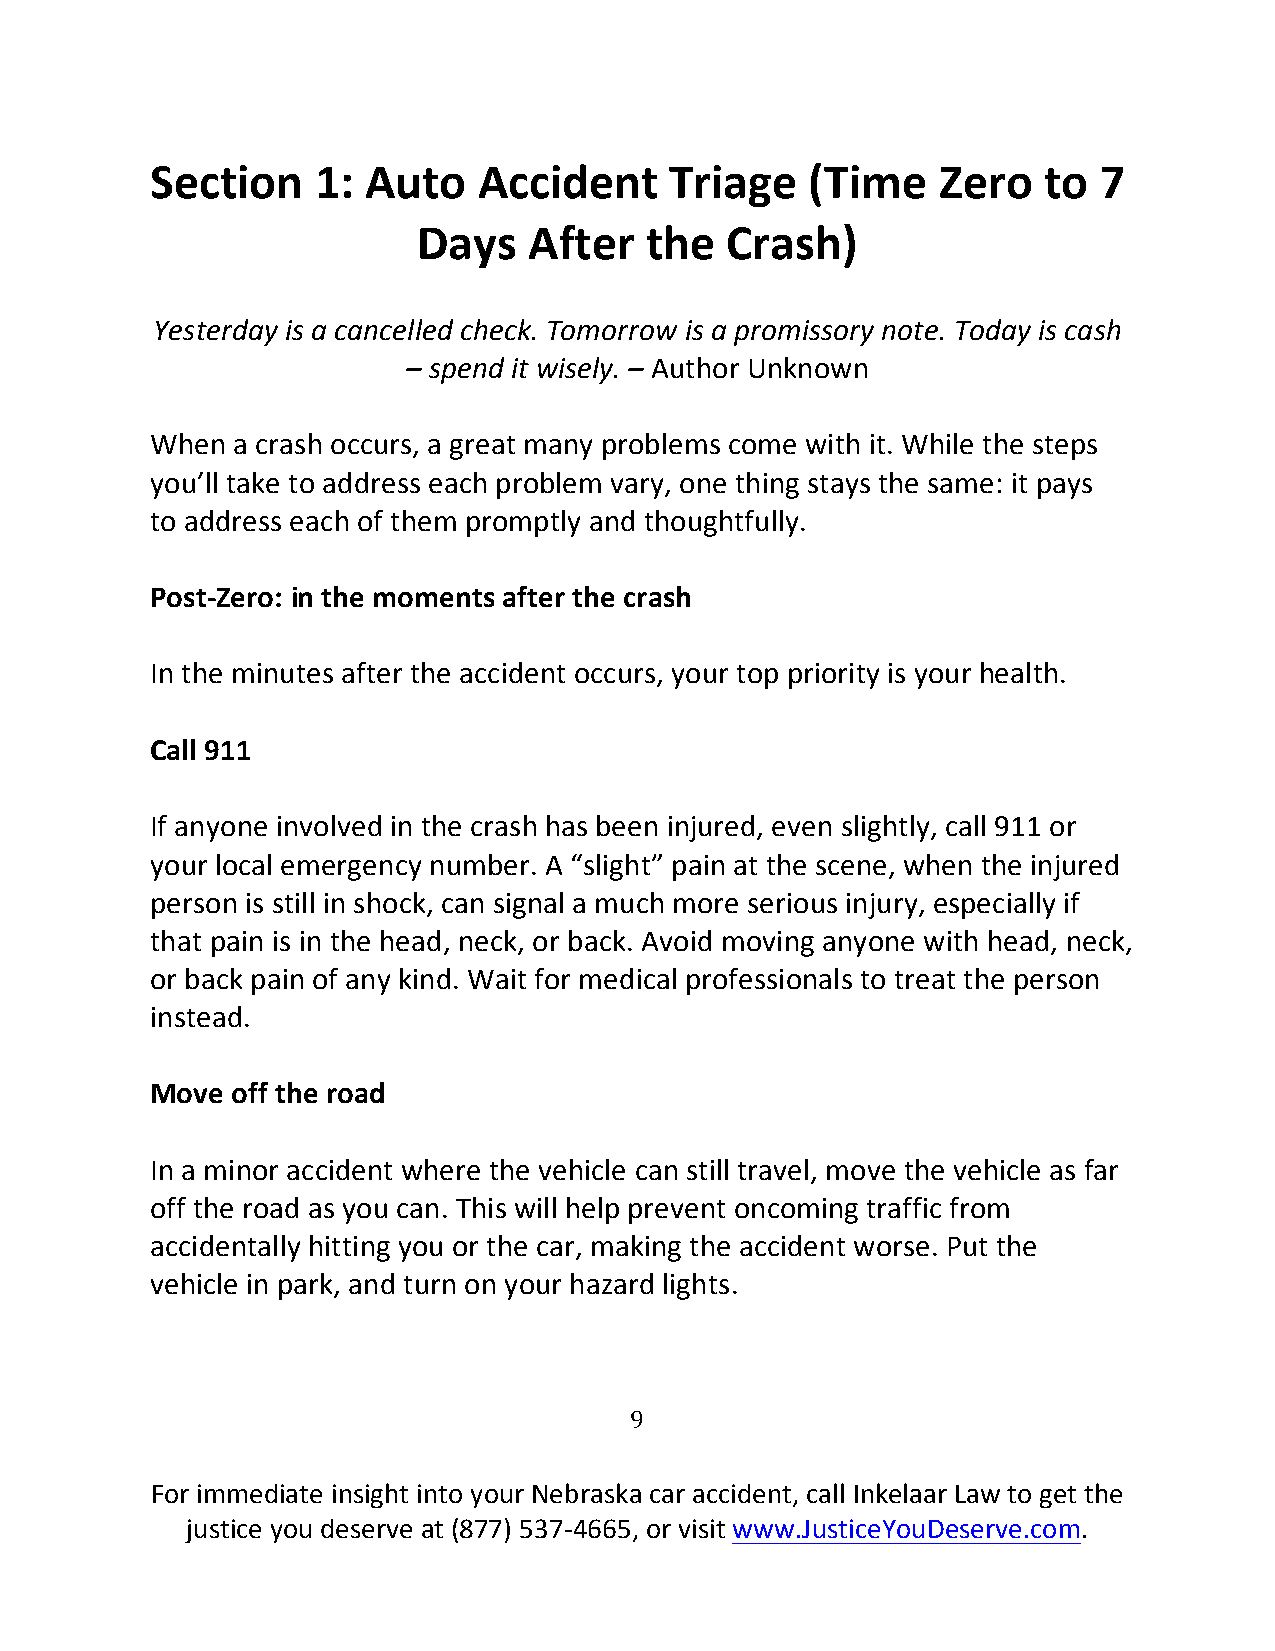
Section    1: Auto    Accident    Triage    (Time   Zero   to  7
 Days   After   the  Crash)
 Yesterday is a cancelled check. Tomorrow is a promissory note. Today is cash
 – spend it wisely. – Author Unknown
 When a crash occurs, a great many problems come with it. While the steps
 you’ll take to address each problem vary, one thing stays the same: it pays
 to address each of them promptly and thoughtfully.
 Post-Zero: in the moments after the crash
 In the minutes after the accident occurs, your top priority is your health.
 Call 911
 If anyone involved in the crash has been injured, even slightly, call 911 or
 your local emergency number. A “slight” pain at the scene, when the injured
 person is still in shock, can signal a much more serious injury, especially if
 that pain is in the head, neck, or back. Avoid moving anyone with head, neck,
 or back pain of any kind. Wait for medical professionals to treat the person
 instead.
 Move off the road
 In a minor accident where the vehicle can still travel, move the vehicle as far
 off the road as you can. This will help prevent oncoming traffic from
 accidentally hitting you or the car, making the accident worse. Put the
 vehicle in park, and turn on your hazard lights.
 9
 For immediate insight into your Nebraska car accident, call Inkelaar Law to get the
 justice you deserve at (877) 537-4665, or visit www.JusticeYouDeserve.com.